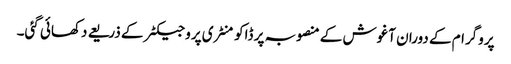
پروگرام کے دوران آغوش کے منصوبہ پر ڈاکومنٹری پروجیکٹر کے ذریعے دکھائی گئی۔